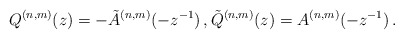
\begin{align*} Q^{(n,m)}(z) = - \tilde A ^{(n,m)}(-z^{-1})\,, \tilde Q^{(n,m)}(z) = A^{(n,m)}(-z^{-1})\,. \end{align*}